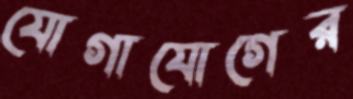
যোগাযোগের